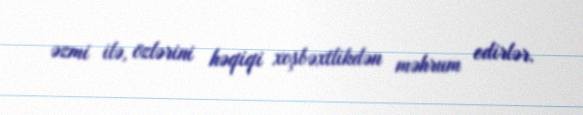
əzmi ilə, özlərini həqiqi xoşbəxtlikdən məhrum edirlər.